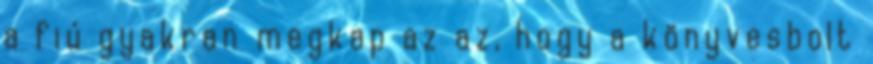
a fiú gyakran megkap az az, hogy a könyvesbolt